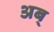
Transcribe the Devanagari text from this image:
अब्